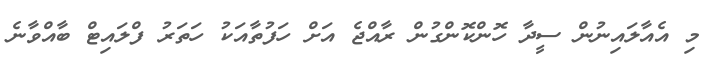
މި އެއާލައިނުން ސީދާ ހޮންކޮންގުން ރާއްޖެ އަށް ހަފުތާއަކު ހަތަރު ފްލައިޓް ބާއްވާނެ